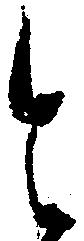
と